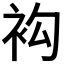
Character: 𧘤